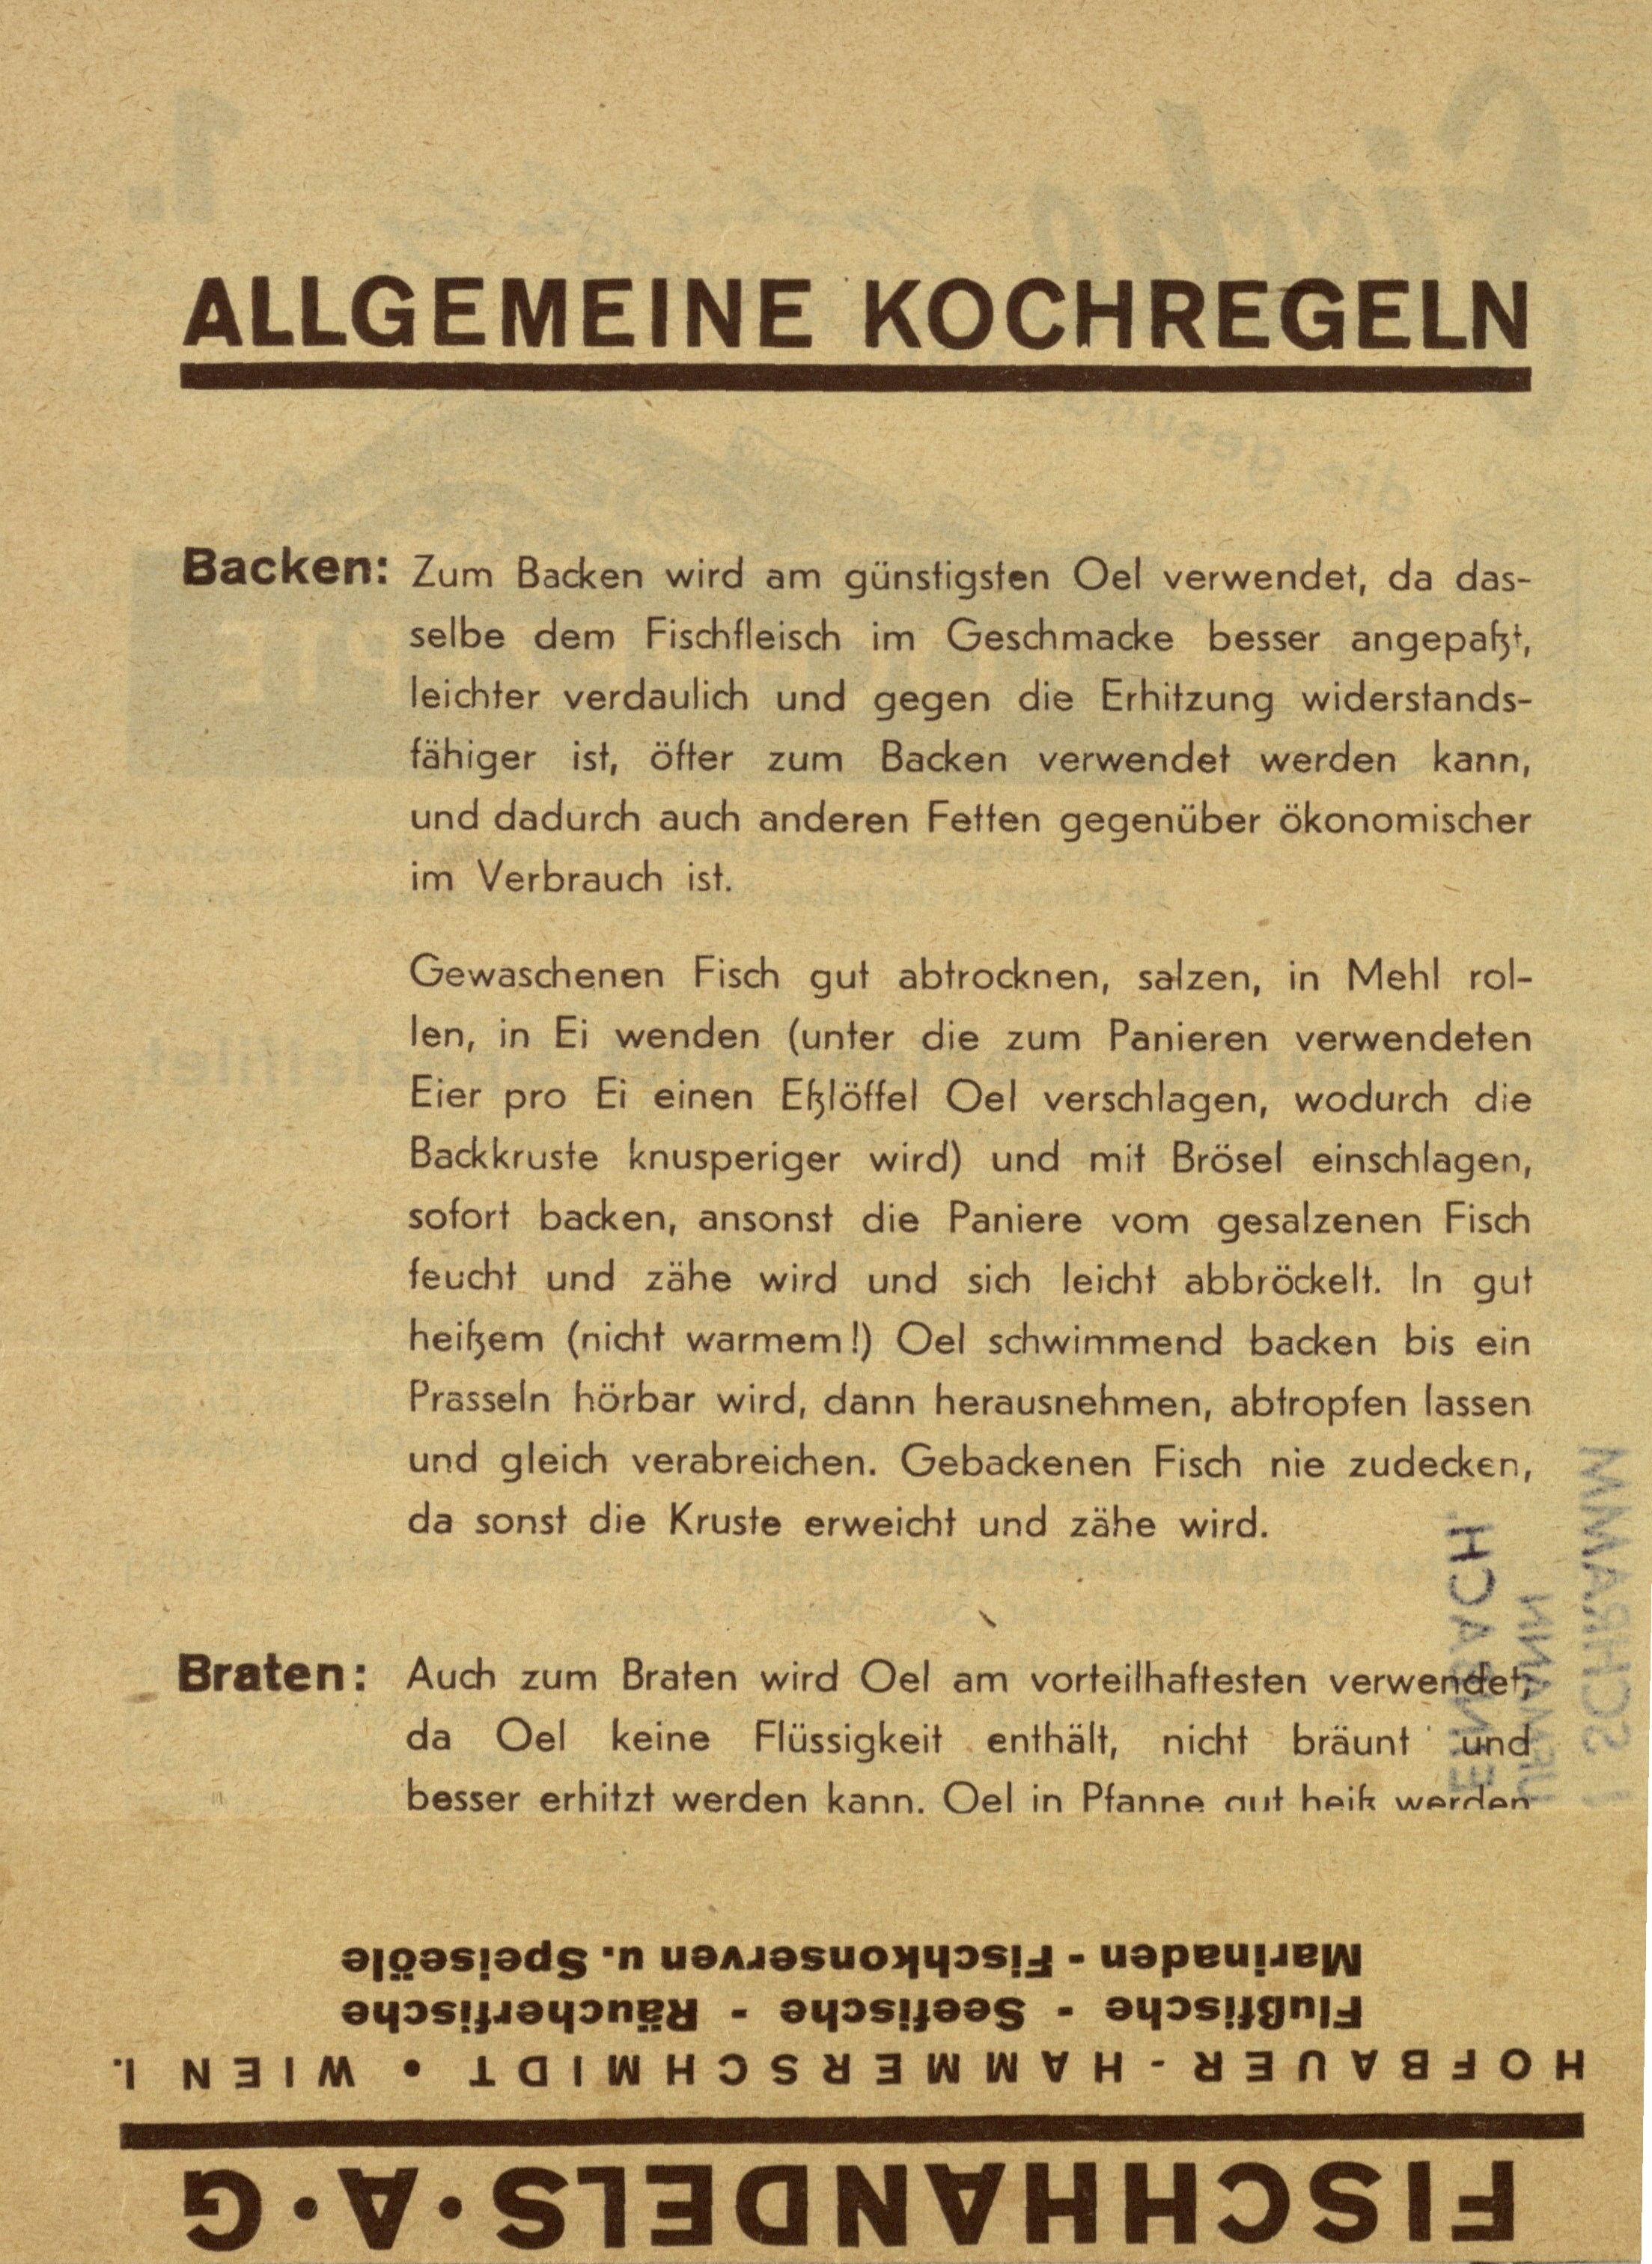
ALLGEMEINE KOCHREGELN

Backen: Zum Backen wird am günstigsten Oel verwendet, da das¬
selbe dem Fischfleisch im Geschmacke besser angepaßt,
leichter verdaulich und gegen die Erhitzung widerstands¬
fähiger ist, öfter zum Backen verwendet werden kann,
und dadurch auch anderen Fetten gegenüber ökonomischer
im Verbrauch ist.

Gewaschenen Fisch gut abtrocknen, salzen, in Mehl rol¬
len, in Ei wenden (unter die zum Panieren verwendeten
Eier pro Ei einen Eßlöffel Oel verschlagen, wodurch die
Backkruste knusperiger wird) und mit Brösel einschlagen,
sofort backen, ansonst die Paniere vom gesalzenen Fisch
feucht und zähe wird und sich leicht abbröckelt. In gut
heißem (nicht warmem!) Oel schwimmend backen bis ein
Prasseln hörbar wird, dann herausnehmen, abtropfen lassen
und gleich verabreichen. Gebackenen Fisch nie zudecken,
da sonst die Kruste erweicht und zähe wird.

Braten: Auch zum Braten wird Oel am vorteilhaftesten verwendet,
da Oel keine Flüssigkeit enthält, nicht bräunt und
besser erhitzt werden kann. Oel in Pfanne gut heiß werden

Marinaden - Fischkonserven u. Speiseöl
Flußfische - Seefische - Räucherfische
HOFBAUER - HAMMERSCHMIDT ⁠ WIEN I.

Fischhandels ⁠ A ⁠ G